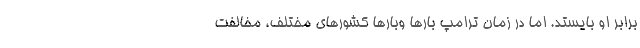
برابر او بایستد. اما در زمان ترامپ بارها وبارها کشورهای مختلف، مخالفت